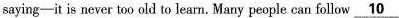
saying—it is never too old to learn. Many people can follow \underline{10}